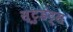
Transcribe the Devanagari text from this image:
स्टुडंट्‌स